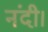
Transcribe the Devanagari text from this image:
नंदी।